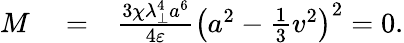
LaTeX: \begin{array}{rlr}{M}&{{}=}&{\frac{3\chi\lambda_{\perp}^{4}a^{6}}{4\varepsilon}\left(a^{2}-\frac{1}{3}v^{2}\right)^{2}=0.}\end{array}